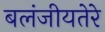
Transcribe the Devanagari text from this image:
बलंजीयतेरे